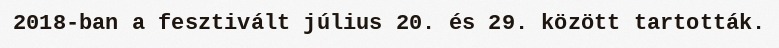
2018-ban a fesztivált július 20. és 29. között tartották.